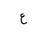
Letter: _ayn